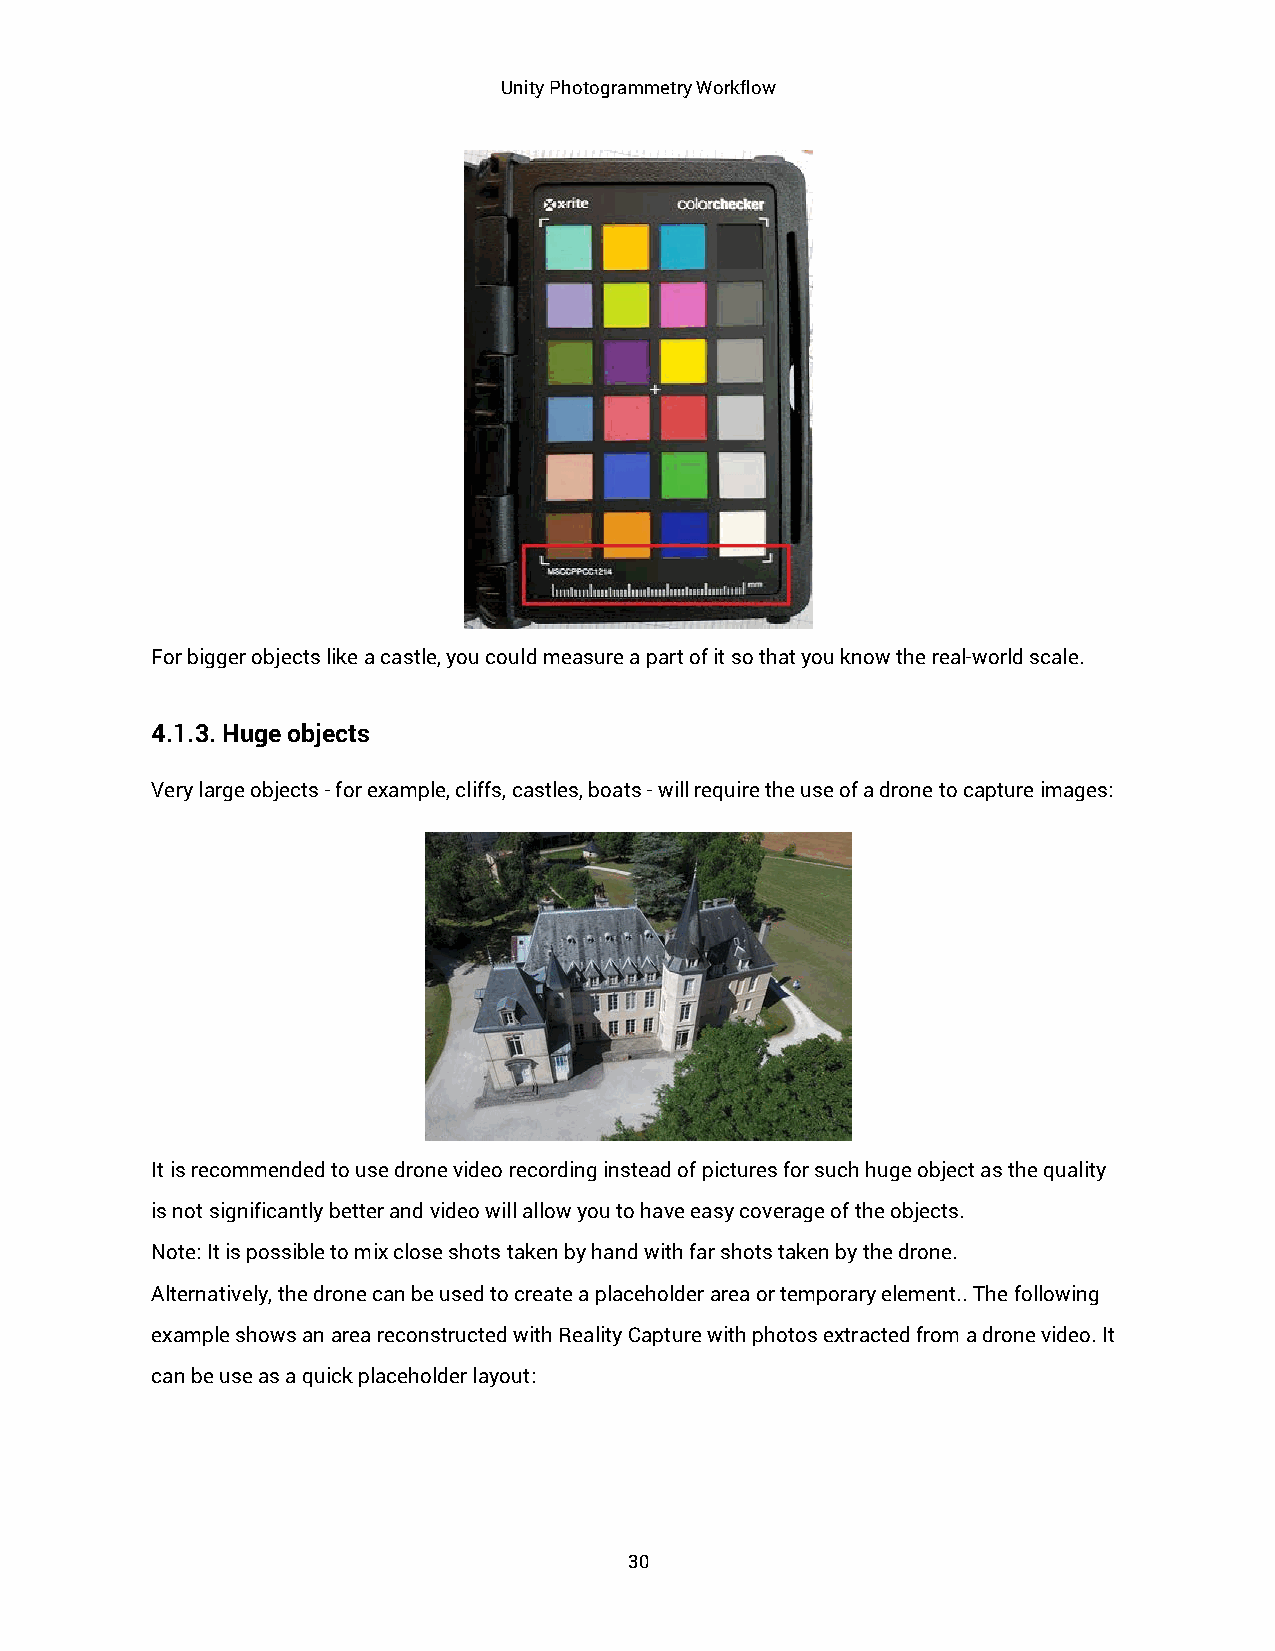
Unity Photogrammetry Workflow
 For bigger objects like a castle, you could measure a part of it so that you know the real-world scale.
 4.1.3. Huge objects
 Very large objects - for example, cliffs, castles, boats - will require the use of a drone to capture images:
 It is recommended to use drone video recording instead of pictures for such huge object as the quality
 is not significantly better and video will allow you to have easy coverage of the objects.
 Note: It is possible to mix close shots taken by hand with far shots taken by the drone.
 Alternatively, the drone can be used to create a placeholder area or temporary element.. The following
 example shows an area reconstructed with Reality Capture with photos extracted from a drone video. It
 can be use as a quick placeholder layout:
 30